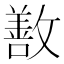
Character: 敾